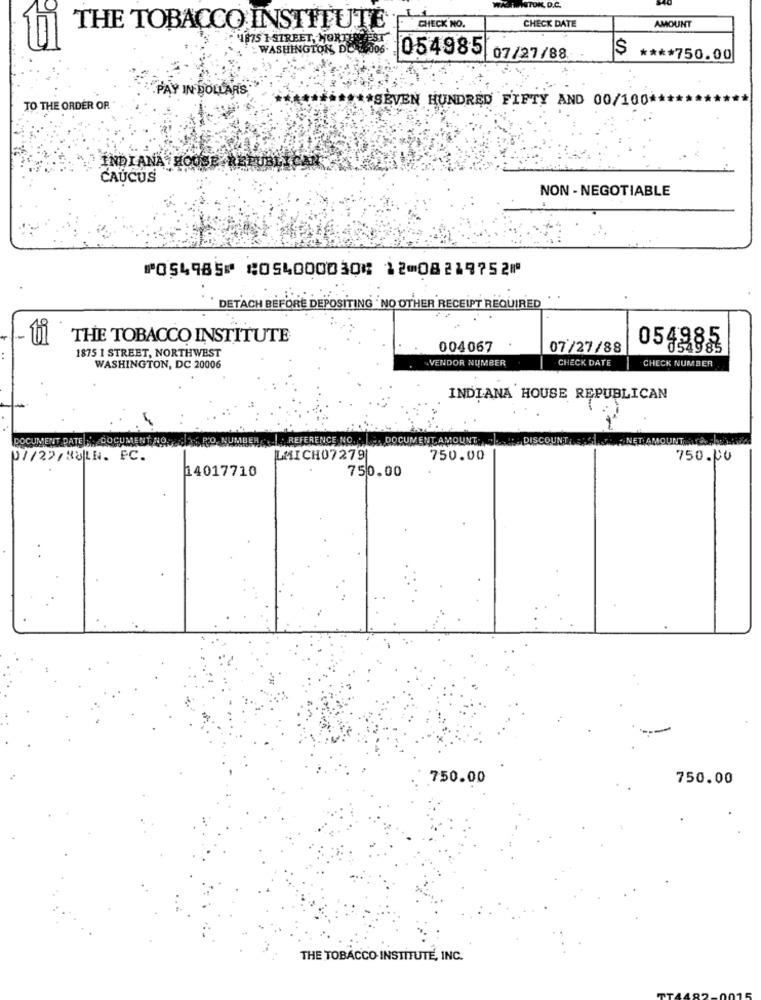
WASHINGTON, D.C.
CHECK DATE
THE TOBACCO INSTITUTE E CHECK NO,
AMOUNT
'1875 1 STREET, NORTH
WASHINGTON, DC
054985
07/27/88
**** 750.00
PAY IN DOLLARS
TO THE ORDER OR
********** SEVEN HUNDRED FIFTY AND 00/100 **
INDIANA HO
CAUCUS
NON- NEGOTIABLE
⑈054985⑈ ⑆054000030⑆ 12⑉08219752⑈
DETACH BEFORE DEPOSITING ' NO OTHER RECEIPT REQUIRED
THE TOBACCO INSTITUTE
1875 1 STREET, NORTHWEST
004067
07/27/88
0549883
VENDOR NUMBER
CHECK NUMBER
WASHINGTON, DC 20006
CHECK DATE
INDIANA HOUSE REPUBLICAN
DOCUMENT DATE : DOCUMENT NO.
las RO. NU
REFERENCE NO ..
AMOUNT
UNT
07/22/3ULN. PC.
LMICH07279
750.00
750.00
14017710
750.00
750.00
750.00
THE TOBACCO INSTITUTE, INC.